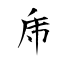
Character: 乕